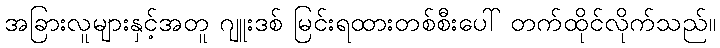
အခြားလူများနှင့်အတူ ဂျူးဒစ် မြင်းရထားတစ်စီးပေါ် တက်ထိုင်လိုက်သည်။